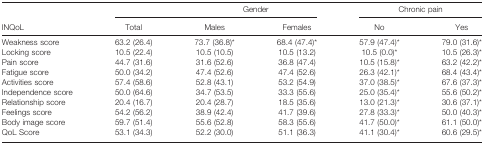
| <ROWSPAN=2> INQoL |  | <COLSPAN=2> Gender | <COLSPAN=2> Chronic pain |
 | Total | Males | Females | No | Yes |
 | --- | --- | --- | --- | --- | --- |
 | Weakness score | 63.2 (26.4) | 73.7 (36.8)a | 68.4 (47.4)a | 57.9 (47.4)a | 79.0 (31.6)a |
 | Locking score | 10.5 (22.4) | 10.5 (10.5) | 10.5 (13.2) | 10.5 (0.0)a | 10.5 (26.3)a |
 | Pain score | 44.7 (31.6) | 31.6 (52.6) | 36.8 (47.4) | 10.5 (15.8)a | 63.2 (42.2)a |
 | Fatigue score | 50.0 (34.2) | 47.4 (52.6) | 47.4 (52.6) | 26.3 (42.1)a | 68.4 (43.4)a |
 | Activities score | 57.4 (58.6) | 52.8 (43.1) | 53.2 (54.9) | 37.0 (38.5)a | 67.6 (37.3)a |
 | Independence score | 50.0 (64.6) | 34.7 (53.5) | 33.3 (55.6) | 25.0 (35.4)a | 55.6 (50.2)a |
 | Relationship score | 20.4 (16.7) | 20.4 (28.7) | 18.5 (35.6) | 13.0 (21.3)a | 30.6 (37.1)a |
 | Feelings score | 54.2 (56.2) | 38.9 (42.4) | 41.7 (39.6) | 27.8 (33.3)a | 50.0 (40.3)a |
 | Body image score | 59.7 (51.4) | 55.6 (52.8) | 58.3 (55.6) | 41.7 (50.0)a | 61.1 (50.0)a |
 | QoL Score | 53.1 (34.3) | 52.2 (30.0) | 51.1 (36.3) | 41.1 (30.4)a | 60.6 (29.5)a |